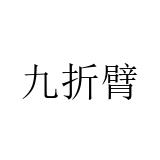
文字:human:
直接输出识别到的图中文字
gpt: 九折臂